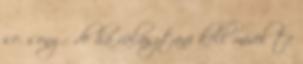
se. sony - de ha választani kell mivel te